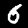
Label: 6